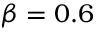
\beta = 0 . 6